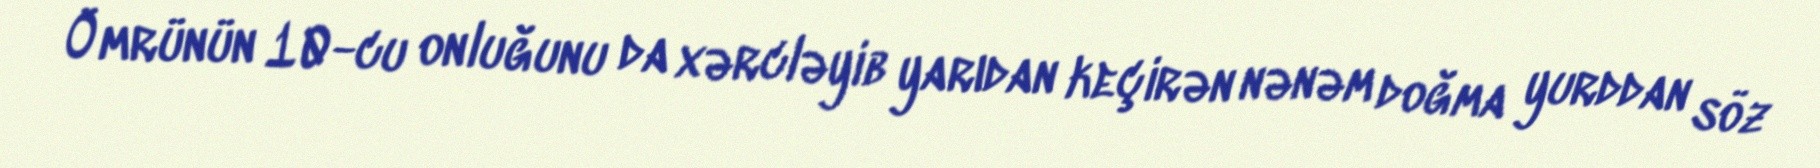
Ömrünün 10-cu onluğunu da xərcləyib yarıdan keçirən nənəm doğma yurddan söz